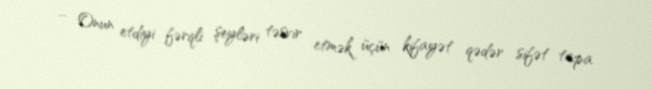
... Onun etdiyi fərqli şeyləri təsvir etmək üçün kifayət qədər sifət tapa